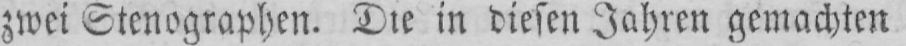
zwei Stenographen. Die in diesen Jahren gemachten